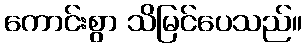
ကောင်းစွာ သိမြင်ပေသည်။